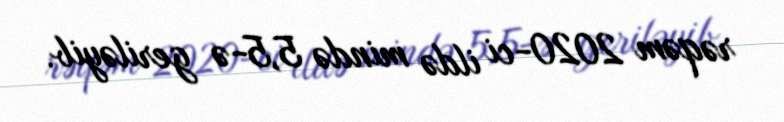
rəqəm 2020-ci ildə mində 5,5-ə geriləyib.